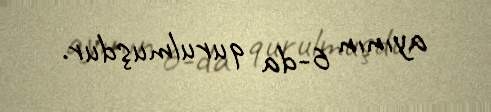
ayının 6-da qurulmuşdur.